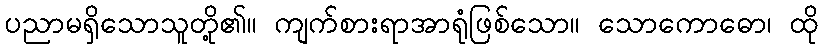
ပညာမရှိသောသူတို့၏။ ကျက်စားရာအာရုံဖြစ်သော။ သောကောဓော၊ ထို